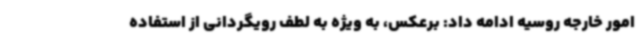
امور خارجه روسیه ادامه داد: برعکس، به ویژه به لطف رویگردانی از استفاده